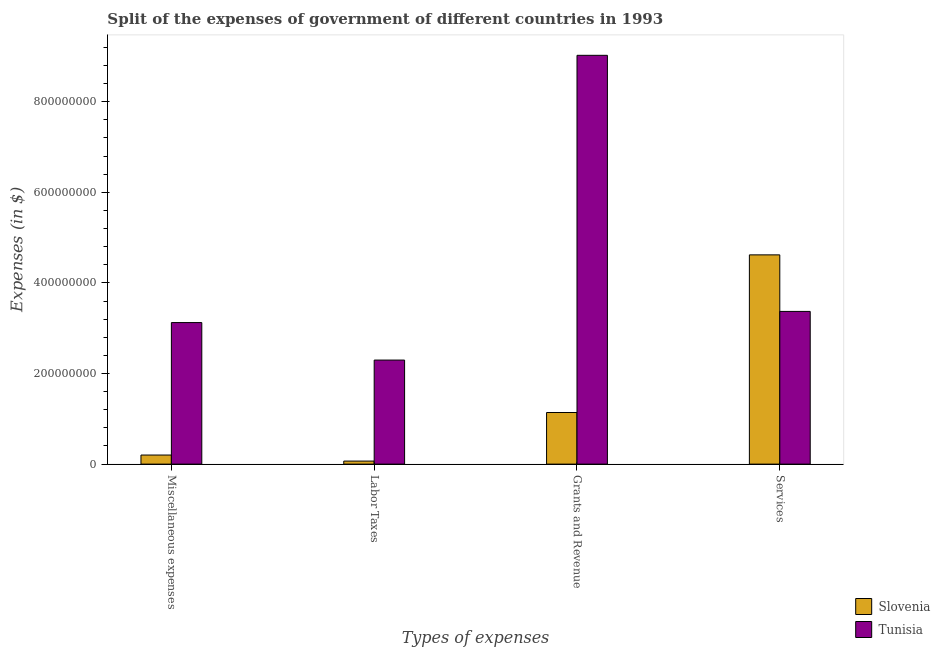
| Types of expenses | Slovenia | Tunisia |
 | --- | --- | --- |
 | Miscellaneous expenses | 2e+07 | 3.12e+08 |
 | Labor Taxes | 6.68e+06 | 2.3e+08 |
 | Grants and Revenue | 1.14e+08 | 9.02e+08 |
 | Services | 4.62e+08 | 3.37e+08 |